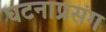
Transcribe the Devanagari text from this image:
घटनाप्रसंग